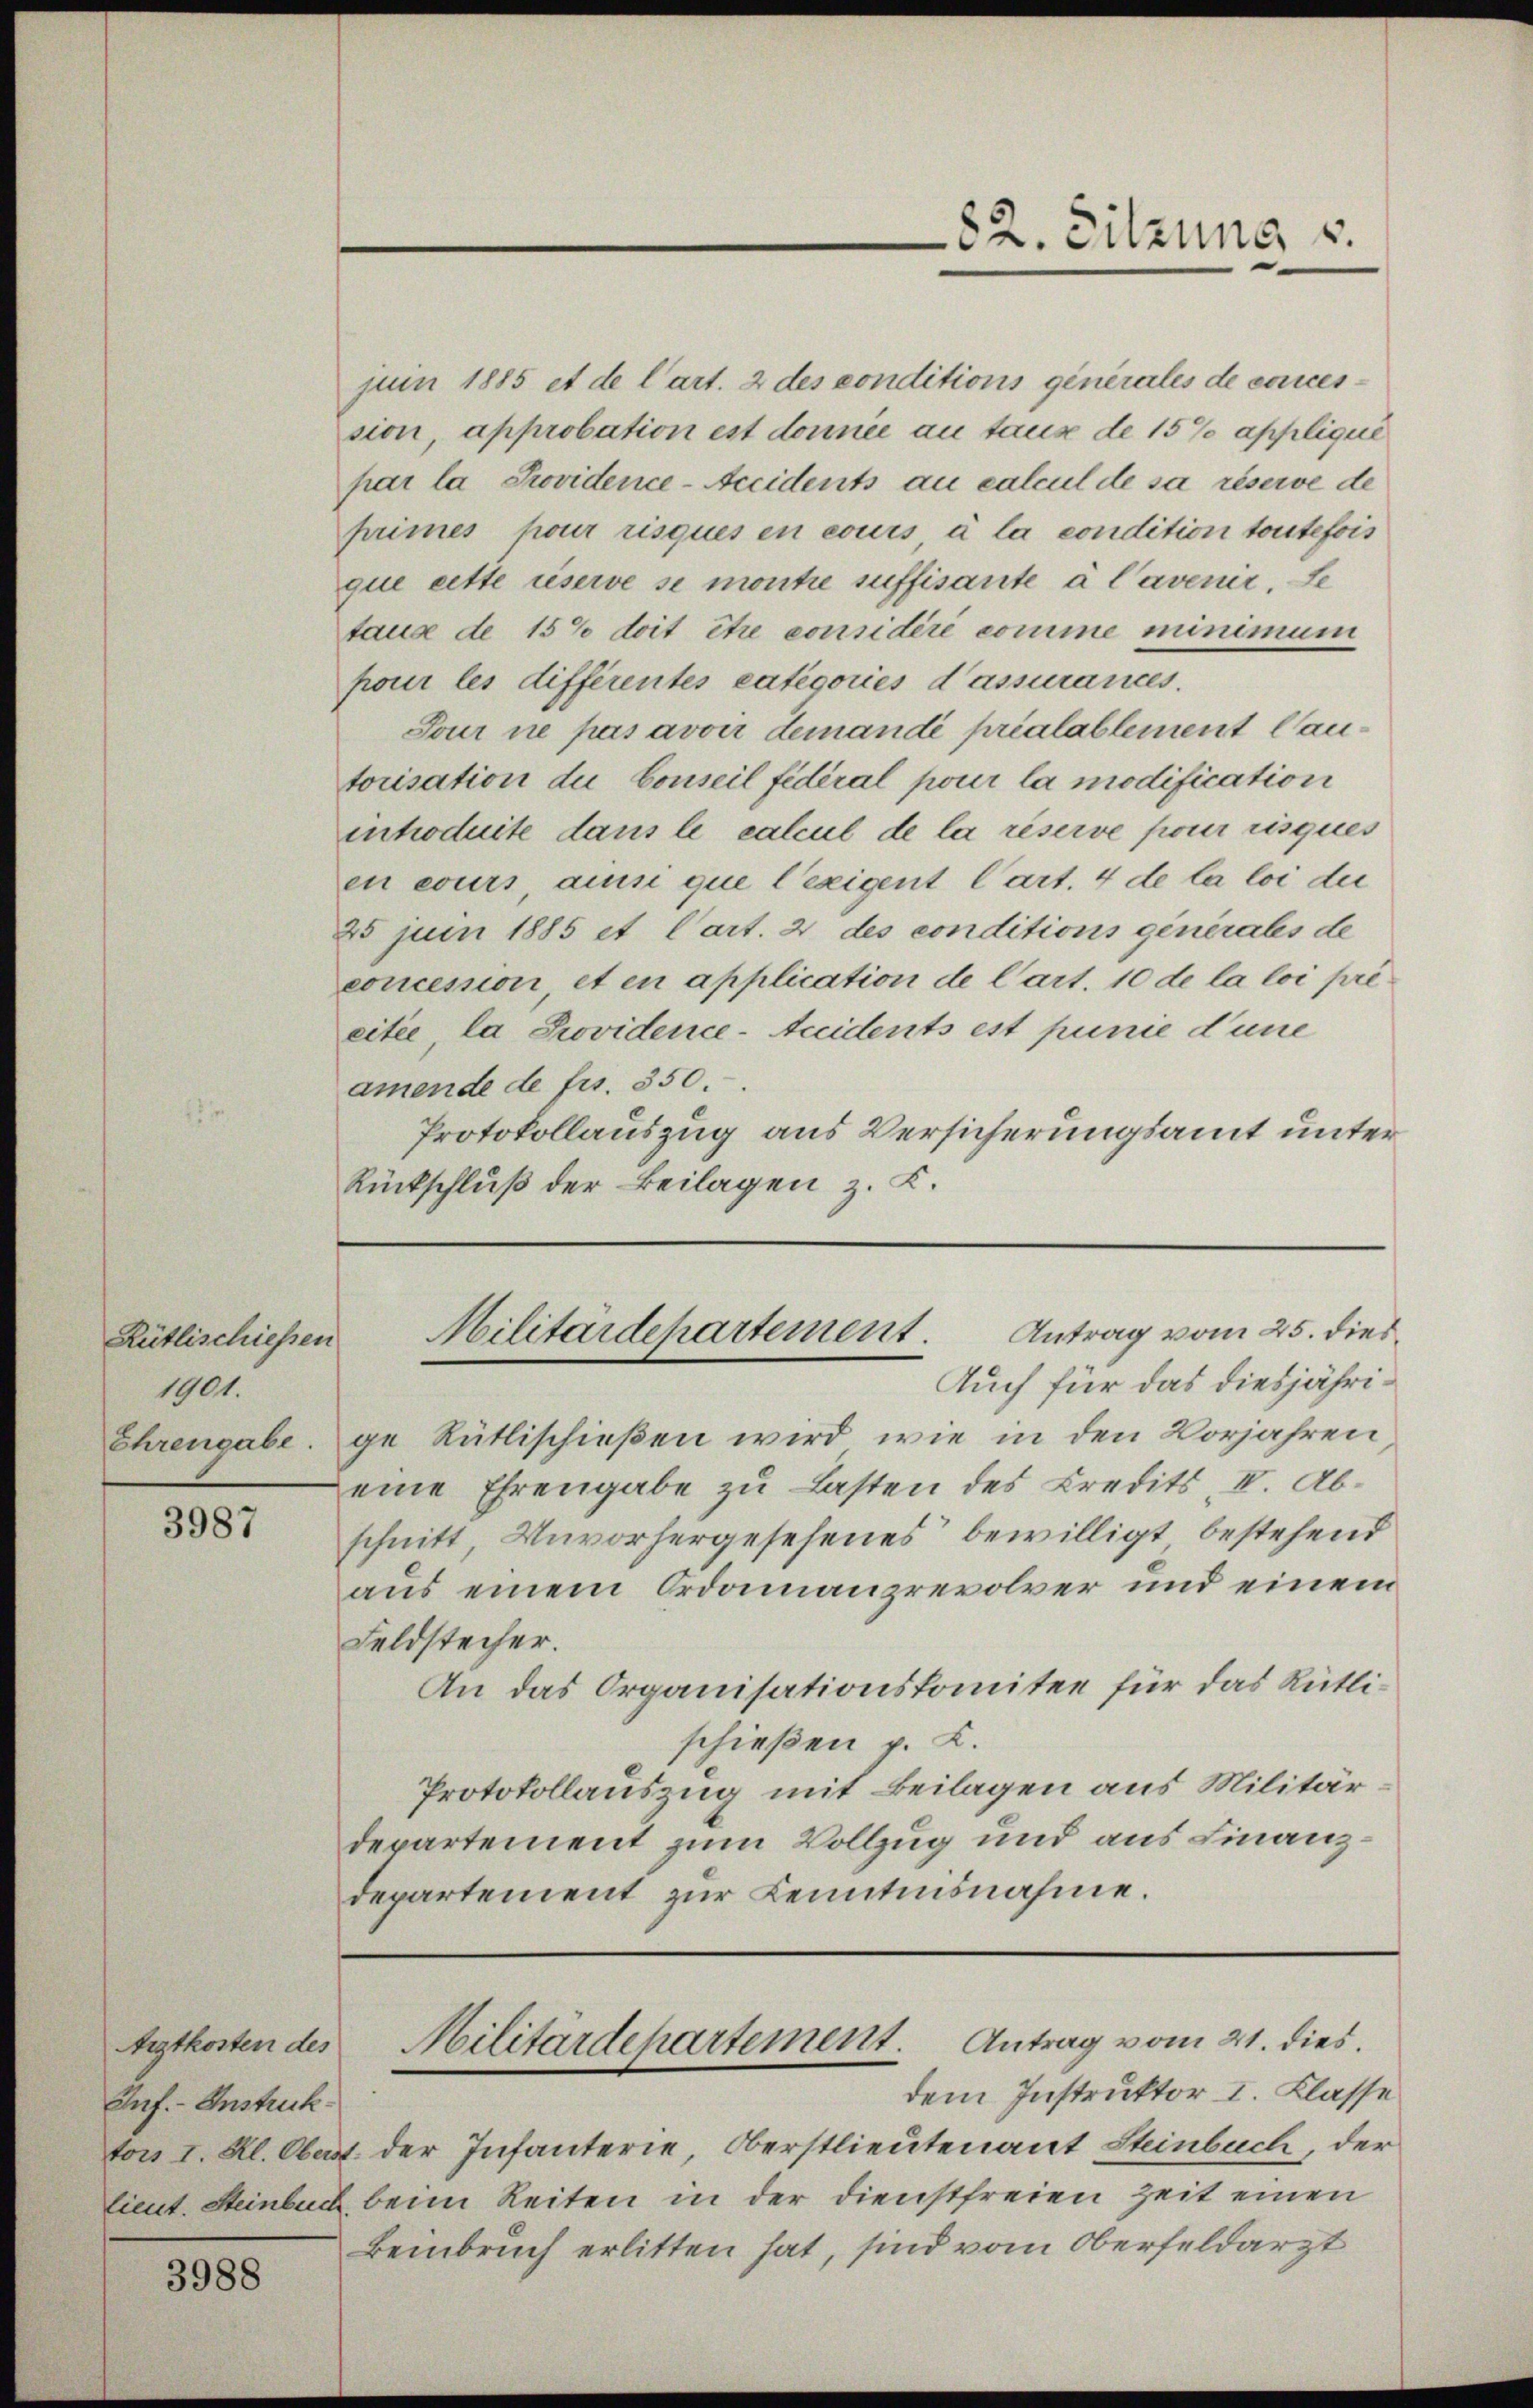
Rütlischiessen
1901.
Ehrengabe.

3987

Arztkosten des
Auf.- Instruck
tors I. Kl. Oberst
lieut. Steinbuch

3988

juin 1885 et de Cart. 2 des conditions generales de conces
sion, approbation est donnée au taus de 15% applique
par la Providence-Accidents an calcul de sa réserve de
primes pour risques en cours à la condition toutefois
que cette réserve se montie suffisante a Cavenir, se
taux de 15% doit être considéré comme minimum
pour les différentes Categories d’assurances.
Tour ne pas avoir demandi préalablement lautorisation du Conseil fédéral pour la modification
inhoduite dans le calcul de la réserve pour risques
en cours, ains que lezigent Cart. 4 de la loi der
25 juin 1885 et Cart. 2 des conditions generales de
concession et en application de Cart. 10 de la loi pré
citée, la Providence-Accidents est punie d’une
amende de frs. 350.
Protokollauszug aus Versicherungsamt unter
Rückschluß der Beilagen z. K.

ge Rütlischießen wird, wie in den Vorjahren
eine Ehrengabe zu Lasten des Kredits II. Abschnitt, Unvorhergesehenes bewilligt bestehend
aus einem Ordonnanzrevolver und einem
Feldstecher.
An das Organisationskomitee für das Rütlischießen p. C.
Protokollauszug mit Beilagen aus Militär
departement zum Vollzug und aus Finanzdepartement zur Kenntnisnahme.

82. Sitzung v.

Militärdepartement. Antrag vom 25. dies
Auch für das diesjähri¬

Militärdepartement. Antrag vom 21. dies.
dem Instruktor I. Klasse

der Infanterie, Oberstlieutenant Steinbuch, der
beim Reiten in der dienstfreien Zeit einen
Bembruch erlitten hat, sind vom Oberfeldarzt